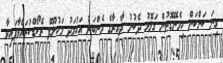
ގިނަ ކަންކަން ހިމެނޭގޮތުން ގަލޮޅު ދެކުނު ދާއިރާގެ މެންބަރު އަހުމަދު މަހުލޫފް ރެކޯޑްކުރައްވާފައިވާ